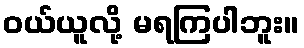
ဝယ်ယူလို့ မရကြပါဘူး။